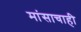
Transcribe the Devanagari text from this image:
मांसाचाही